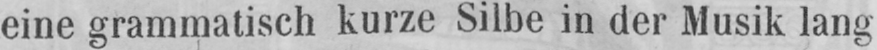
eine grammatisch kurze Silbe in der Musik lang